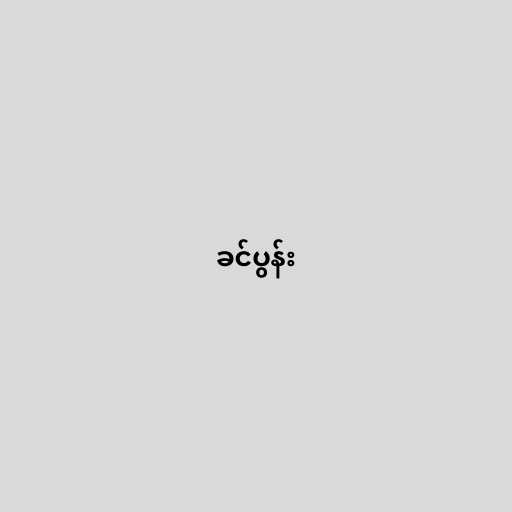
ခင်ပွန်း